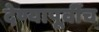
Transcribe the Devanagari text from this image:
देण्यापूर्वीच